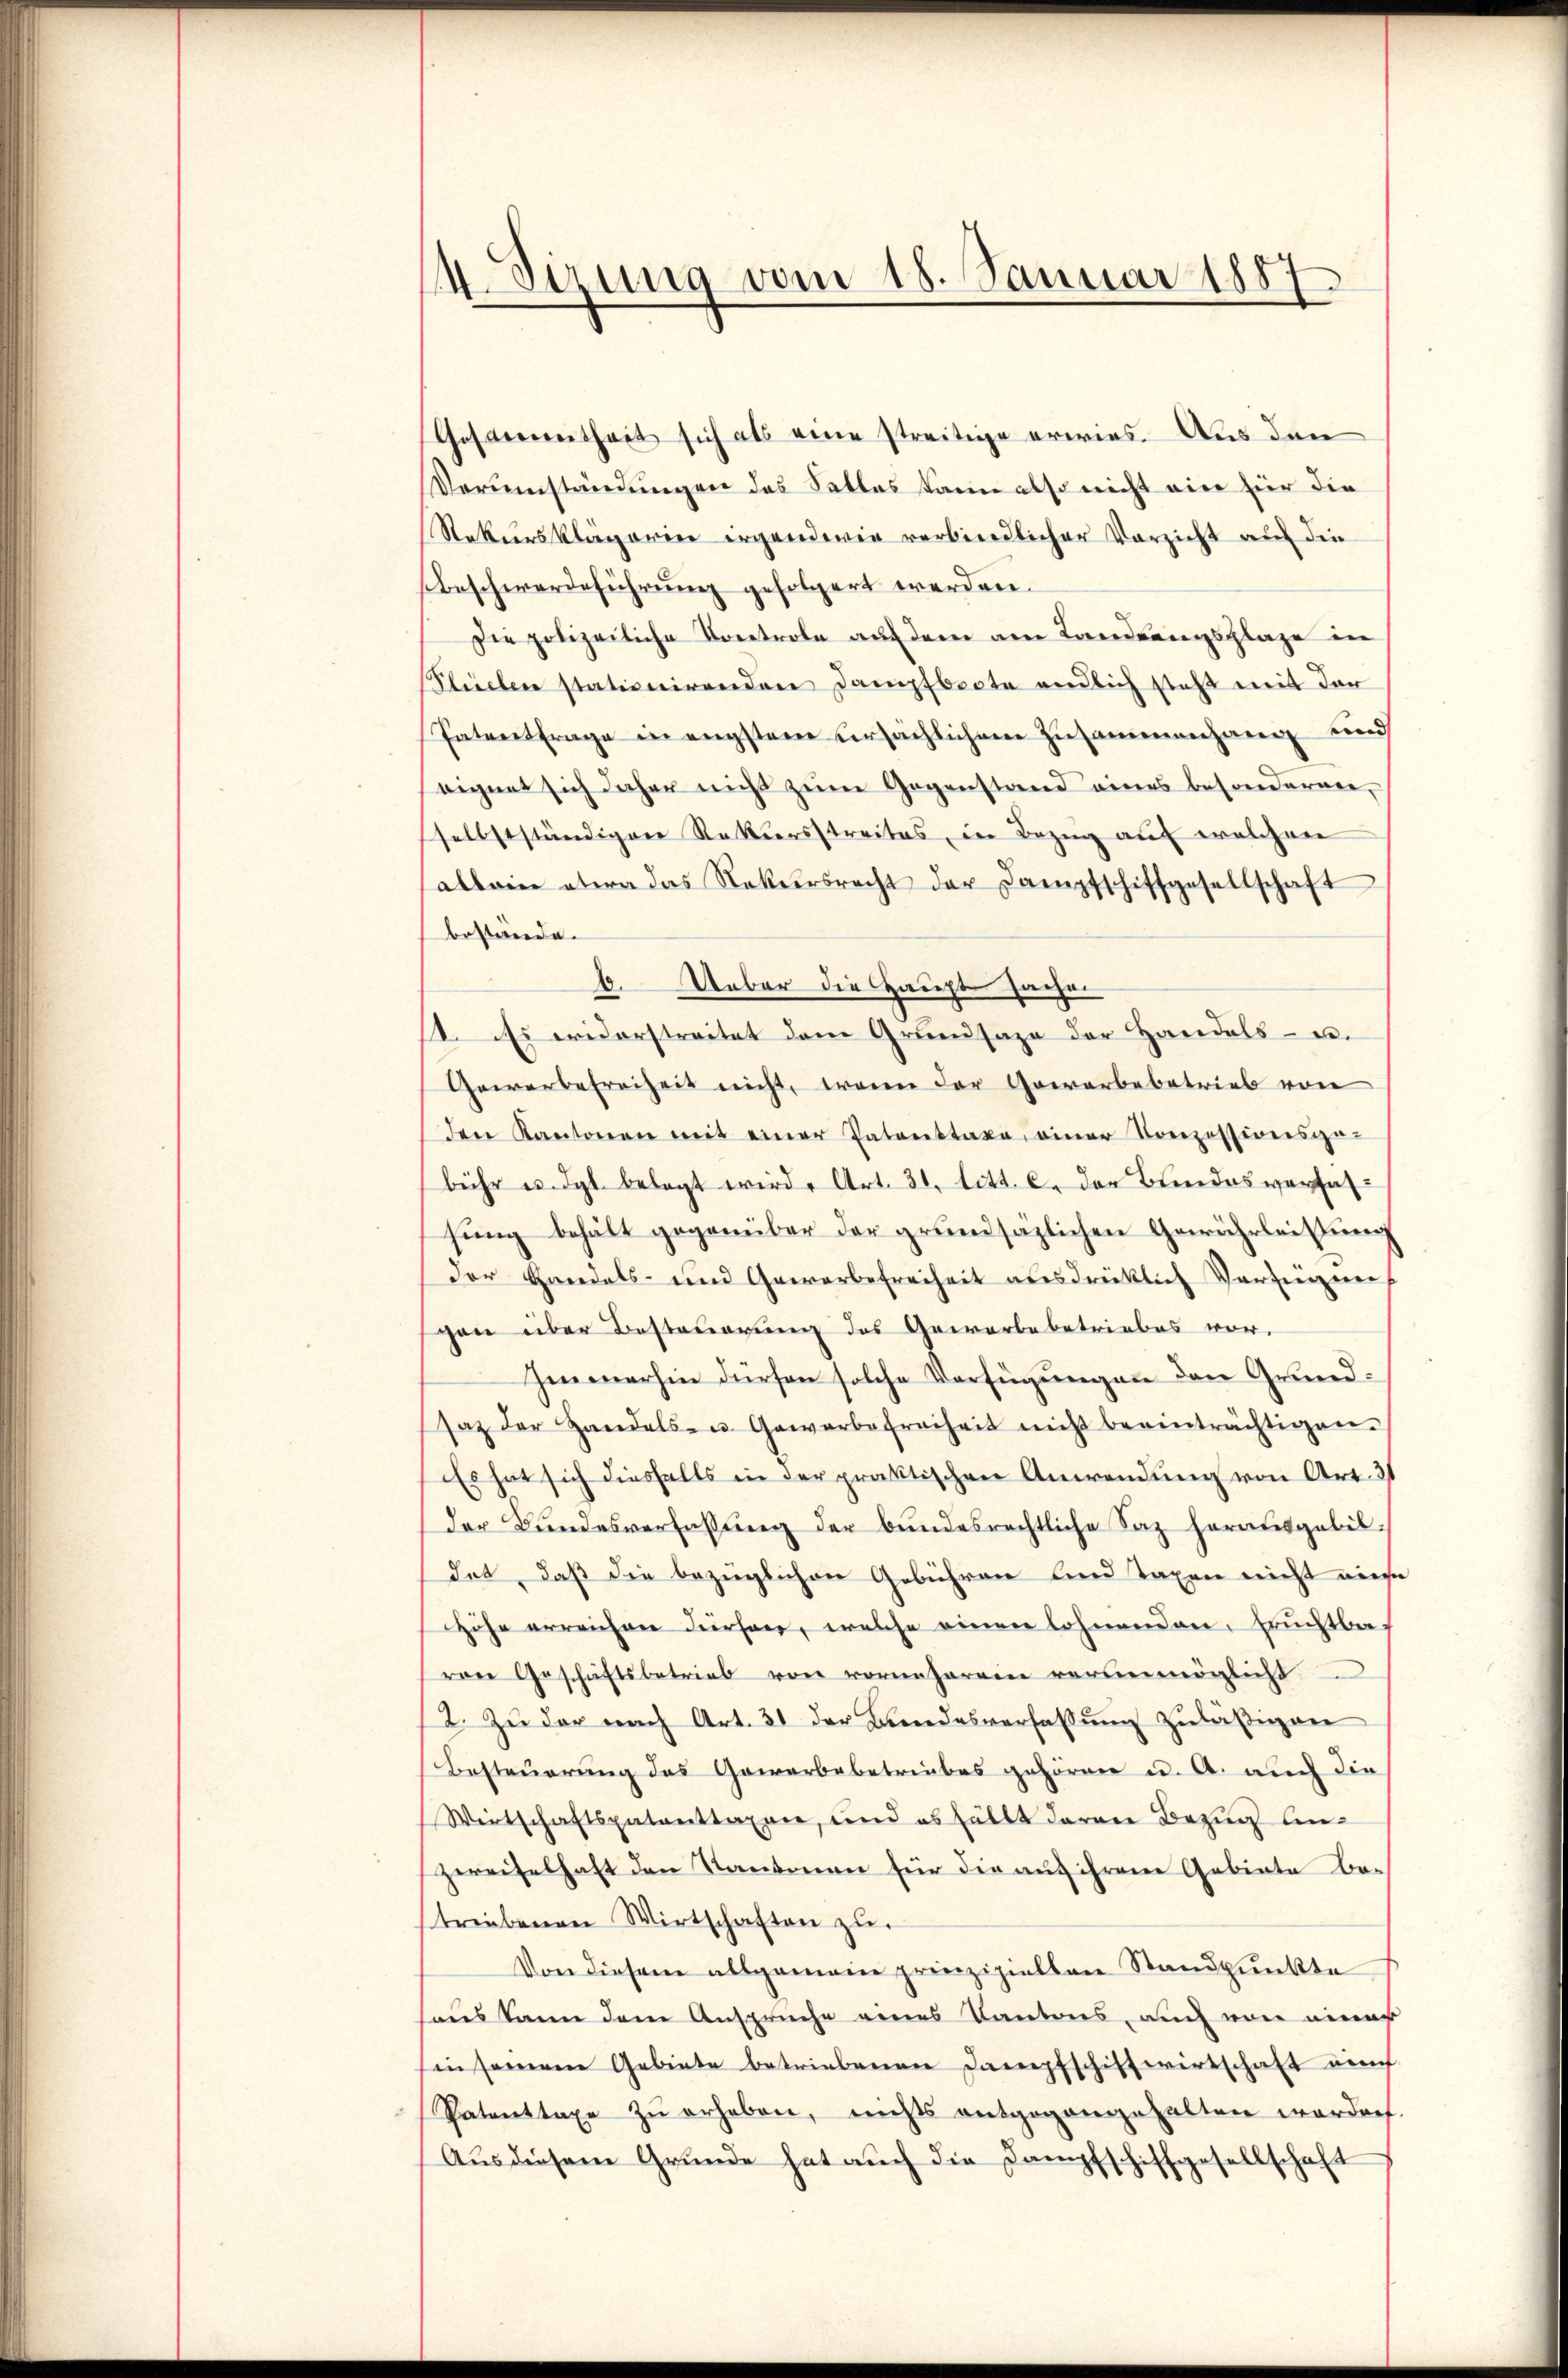
4 Sizung vom 18. Januar 1887

Thofs verrentheit sich als eine streitige erwies. Aus den
Verumständungen das Salles kann also nicht ein für die
Rekursklägerier irgendwie verbindlicher Verzicht auf die
Beschwerdeführung gefolgert werden.
Die polizeiliche Kontrole auf dem am Landrangsplaze in
Plüelen stationirenden Dampfboote endlich steht mit der
Patentrage in engstem ursächlichem Zusammenhang und
eignet sich daher nicht zum Gegenstand eines besonderner,
selbstständigen Rekursstreites, in Bezŭg aŭf welchen
allein etwa das Nekursrecht der Dampfschiffgesellschaft
bestände.
6. Ueber die Hauptsachen
1. Es eriderstreitet dem Grundsaza der Handels- u.
Gewerbefreiheit nicht, wenn der Gaerarbebetrieb von
den Kantonen mit einer Patenstaxe, einer Conzessionsge-
bühr u. dgl. belegt wird. Art. 31 litt. c. der Bundesverfähsung behält gegenüber der grundsäzlichen Gewährleistung
der Handels- und Gewerbefreiheit ausdrücklich Verzeigung
gen über Besteuerung des Gewerbe betriebes vor-
Himmerhin dürfen solche Verfügungen den Grundsaz der Handels- u. Gewerbefreiheit nicht beeinträchtigen.
Es hat sich diesfalls in der praktischen Anwendung von Art. 31
der Bundesverfassŭng der bundesrechtliche Saz herausgebil-
det, daß die bezüglichen Gebühren und Taxen nicht aus
Höhe erreichen dürfen, welche einen lohnenden, fruchtba
von Geschäftsbetrieb von vorneherein verunmöglich
2. Zŭ der nach Art. 31 der Landesverfassŭng zuläßigen
Besteuerung das Gewerbebetriebes gehören u. A. auch die
Wirtschaftspatenttaxen, und es fällt daran Bezug un
zweifelhaft den Kantonen für die auf ihrem Gebiete be-
striebenen Wirtschaften zu
Von diesem allgemein prinzipiellen Standpunkte
aus kann dem Anspruche eines Kantons, auch von einer
insamem Gebiete betriebenen Dampfschiffwirtschaft auch
Patenttaxe zŭ erheben, nichts entgegangehalten werden.
Aus diesem Grunde hat auch die Dampfschiffgesellschaft